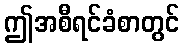
ဤအစီရင်ခံစာတွင်